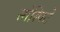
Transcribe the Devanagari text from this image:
सोस्पिटे